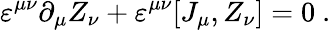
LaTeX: \varepsilon^{\mu\nu}\partial_{\mu}Z_{\nu}+\varepsilon^{\mu\nu}[J_{\mu},Z_{\nu}]=0~.